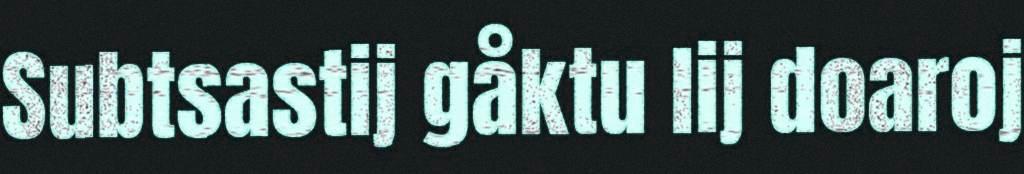
Subtsastij gåktu lij doaroj